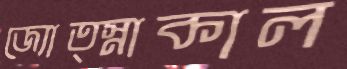
জ্যোত্স্নাকাল